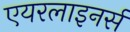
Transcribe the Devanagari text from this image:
एयरलाइनर्स